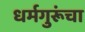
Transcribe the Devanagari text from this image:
धर्मगुरूंचा